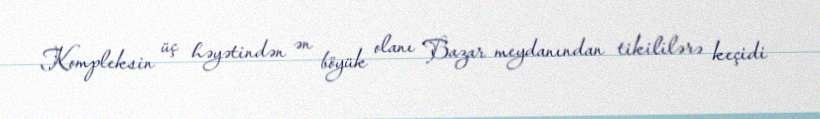
Kompleksin üç həyətindən ən böyük olanı Bazar meydanından tikililərə keçidi